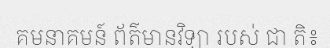
គមនាគមន៍ ព័ត៌មានវិទ្យា របស់ ជា តិ៖